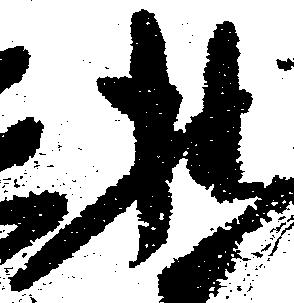
拙